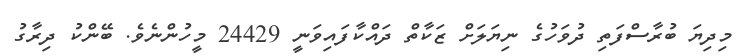
މިދިޔަ ބުރާސްފަތި ދުވަހުގެ ނިޔަލަށް ޒަކާތް ދައްކާފައިވަނީ 24429 މީހުންނެވެ. ބޭންކު ދިރާގު